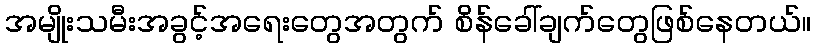
အမျိုးသမီးအခွင့်အရေးတွေအတွက် စိန်ခေါ်ချက်တွေဖြစ်နေတယ်။